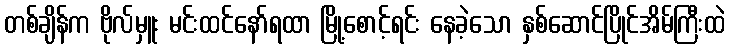
တစ်ချိန်က ဗိုလ်မှူး မင်းထင်နော်ရထာ မြို့စောင့်ရင်း နေခဲ့သော နှစ်ဆောင်ပြိုင်အိမ်ကြီးထဲ